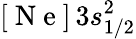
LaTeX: [\mathrm{~N~e~}]\, 3s_{1/2}^{2}